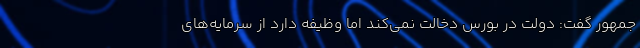
جمهور گفت: دولت در بورس دخالت نمی‌کند اما وظیفه دارد از سرمایه‌های